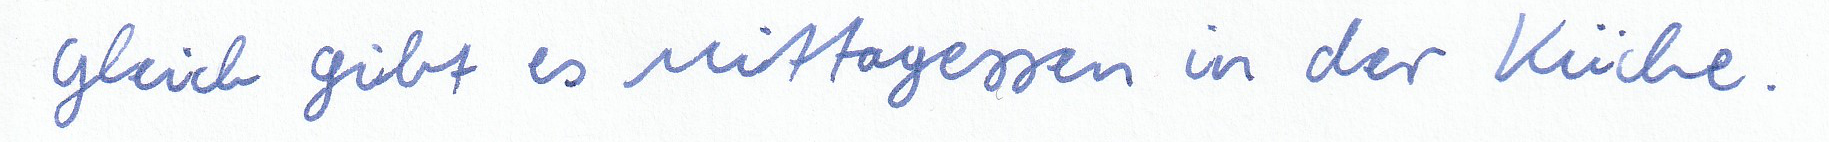
Gleich gibt es Mittagessen in der Küche.